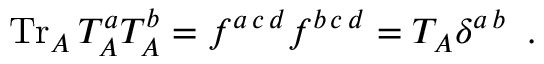
\mathrm { T r } _ { A } \, T _ { A } ^ { a } T _ { A } ^ { b } = f ^ { a \, c \, d } f ^ { b \, c \, d } = T _ { A } \delta ^ { a \, b } \; \; .